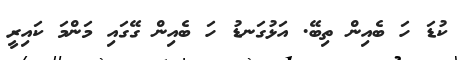
ކުޑަ ހަ ބެއިން ތިބޭ. އަޅުގަނޑު ހަ ބެއިން ގޭގައި މަންމަ ކައިރީ